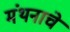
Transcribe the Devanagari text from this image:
मंथनाचे